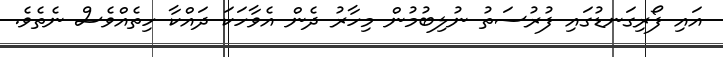
އައި ފޯރިގަނޑުގައި ފުރުސަތު ނުލިބުމުން މިހާރު ދެން އެވާހަކަ ދައްކާ ހިތެއްވެސް ނެތެވެ.